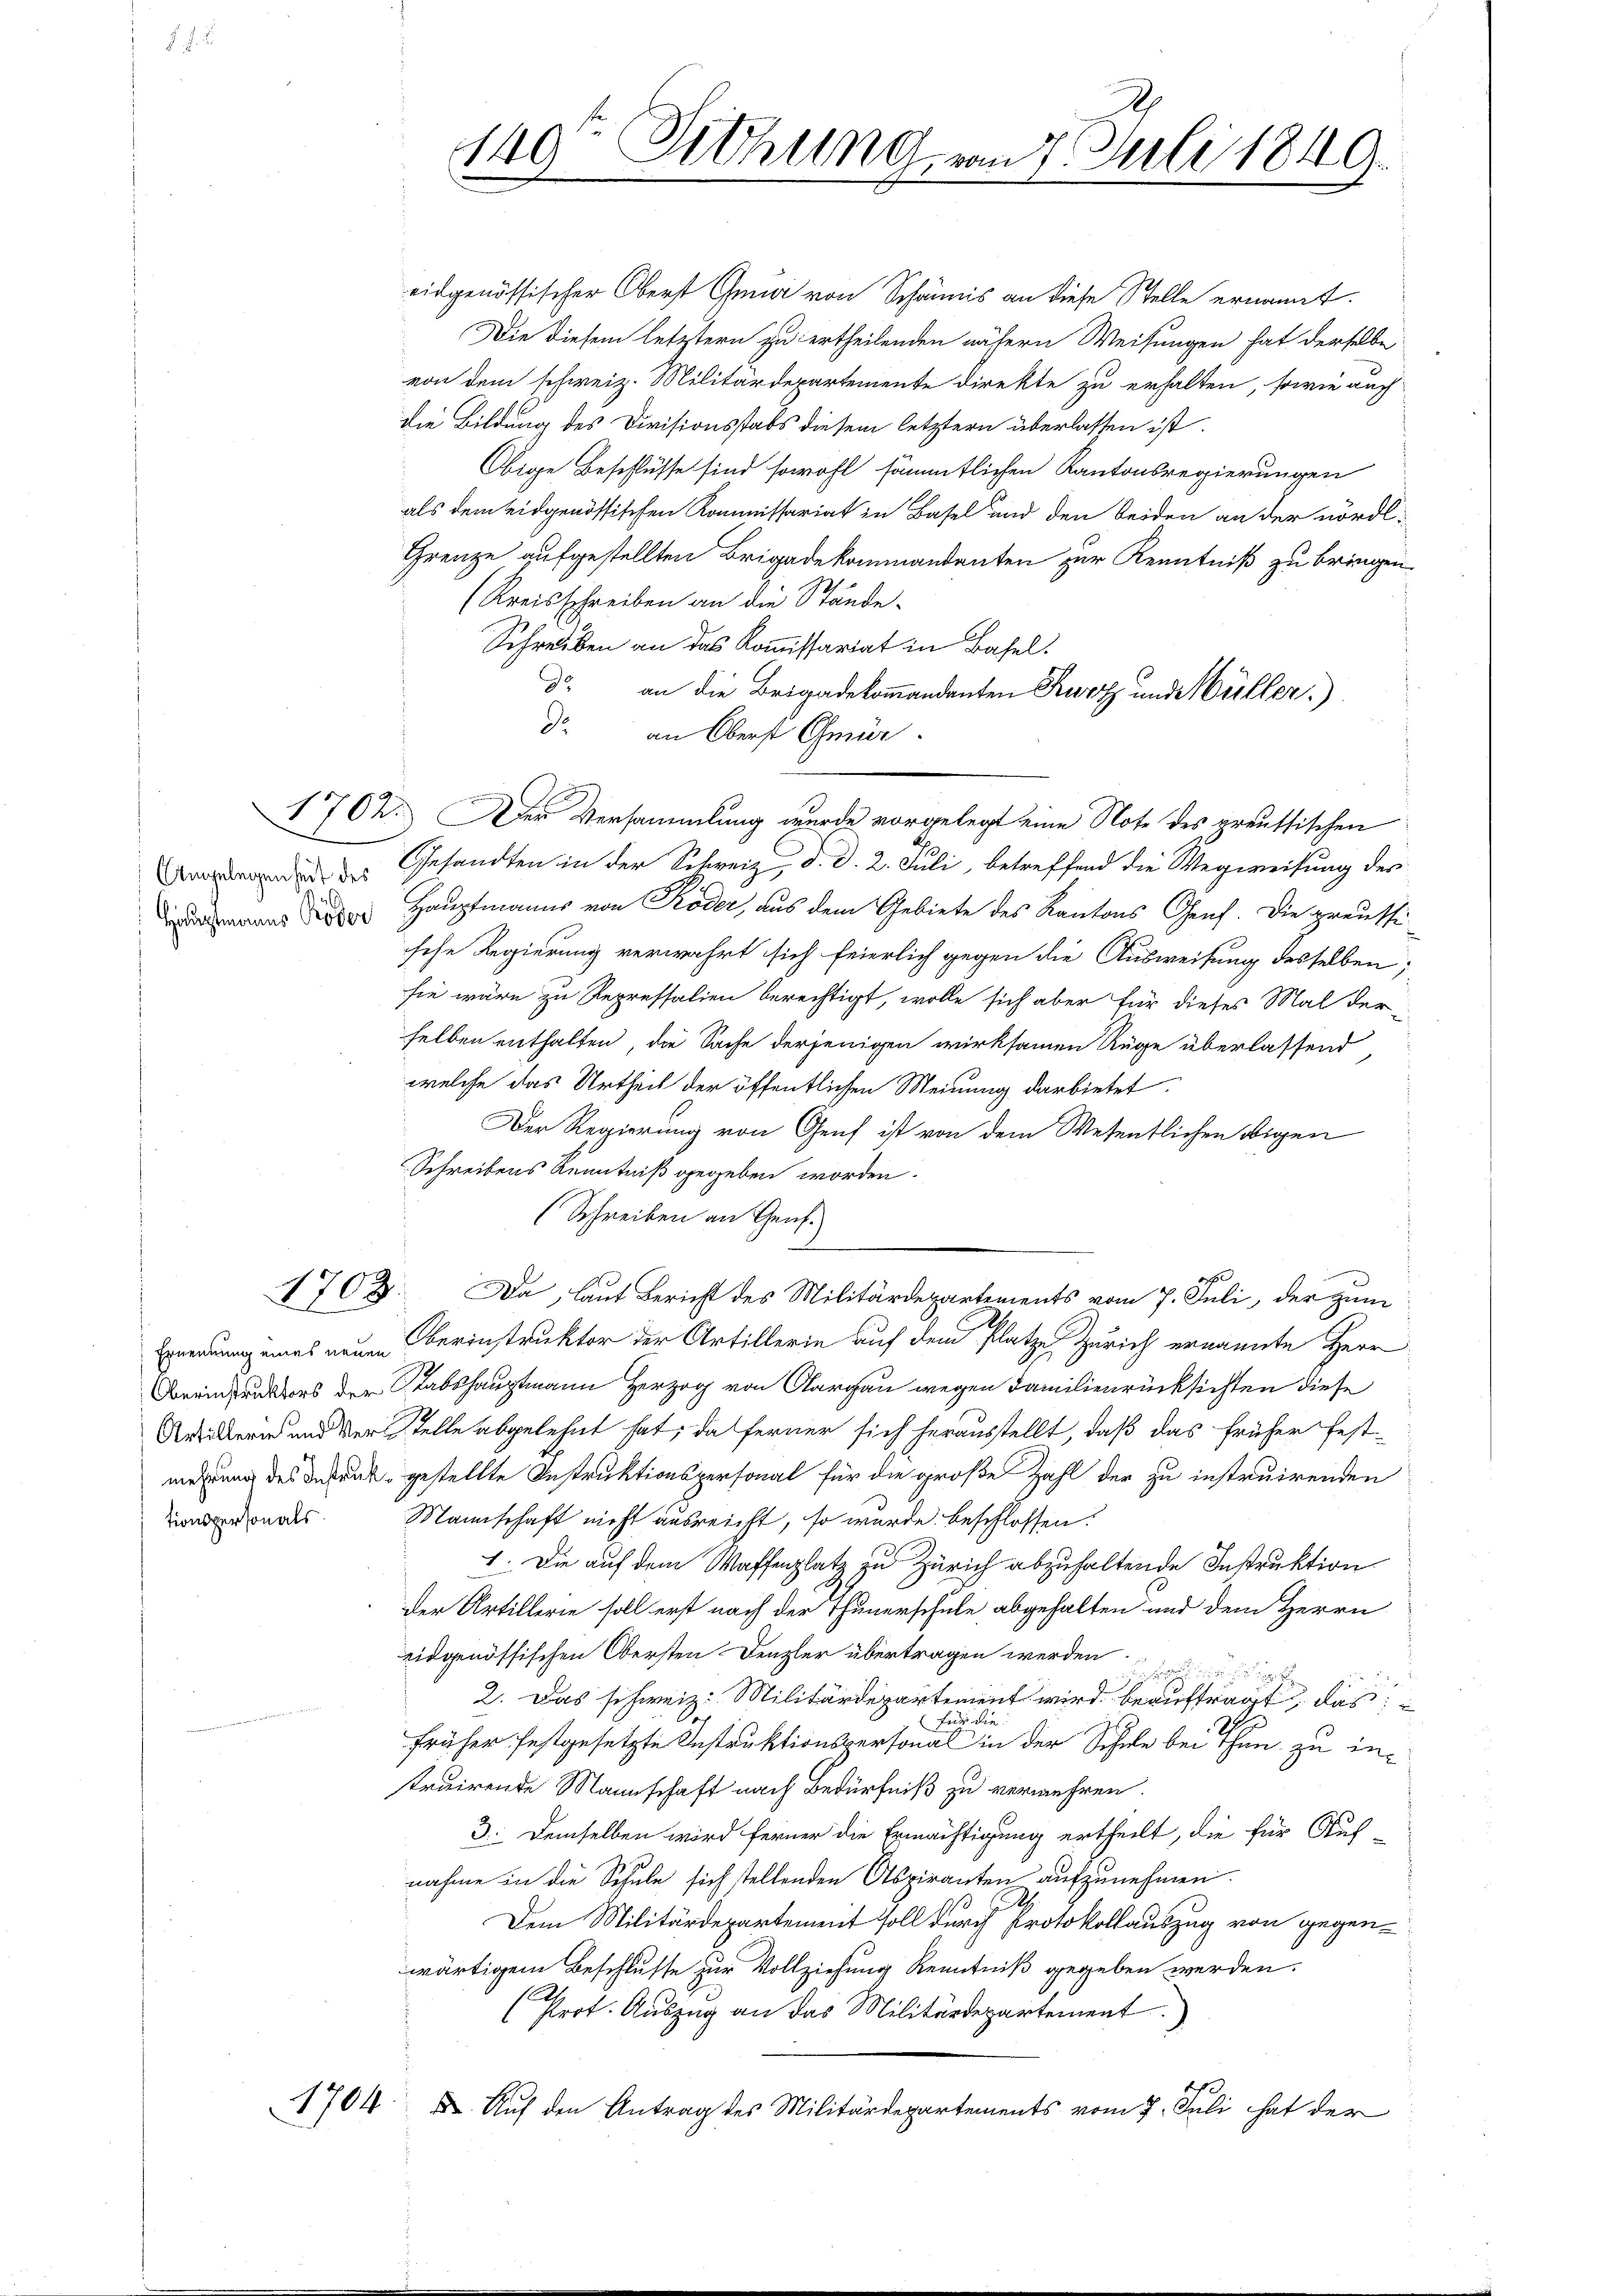
tionspersonals.

eidgenössischer Oberst Gena von Schännis an diese Stelle ernannt.
Die diesem letztern zu ertheilenden nähern Weisungen hat derselbe
von dem schweiz. Militärdepartemente direkte zu erhalten, sowie auch
die Bildung des Divisionsstabs diesem letztern überlassen ist.
Obige Beschlüsse sind sowohl sämmtlichen Kantonsregierungen
als dem eidgenössischen Kommissariat in Basel und den beiden an der nördl¬
Grenze aufgestellten Brigadekommandanten zur Kenntniß zu bringen
(Kreisschreiben an die Stände¬
Schreiben an das Kommissariat in Basel.
d. an die Brigadekommandanten Kurz und Müller.)
d. an Oberst Gmür
1702. Der Versammlung wurde vorgelegt eine Note des preussischen
de Gesandten in der Schweiz, d. d. 2. Juli, betreffend die Wegweisung des
nan ein Hauptmanns von Röder, aus dem Gebiete des Kantons Genf. Die preussihohe Regierung verwahrt sich feierlich gegen die Ausweisung desselben;
sie wäre zu Repressalien berechtigt, wolle sich aber für dieses Mal der
selben enthalten, die Sache derjenigen wirksamen Rüge überlassend,
welche das Urtheil der öffentlichen Meinung darbietet
Der Regierung von Genf ist von dem Wesentlichen obigen
Schreibens Kenntniß gegeben worden.
(Schreiben an Genf.
1703. Da, laut Bericht des Militärdepartements vom 7. Juli, der zum
Ernennung eines neuen Oberinstruktor der Artillerin auf dem Platze Zürich ernannte Herr
Breinpundtors der Stabshauptmann Herzog von Aargau wegen Familienrücksichten diese
Artikerin und der Stelle abgelehnt hat, da ferner sich herausstellt, daß das früher festmehrung des Bedruck gestellte Instruktionspersonal für die große Zahl der zu instruirenden
Mannschaft nicht ausreicht, so wurde beschlossen:
1. Die auf dem Waffenplatz zu Zürich abzuhaltende Instruktion
der Artillerie soll erst nach der Thunerschule abgehalten und dem Herrn
ridgenössischen Obersten Denzler übertragen werden.

2. Das schweiz. Militärdepartement wird beauftragt, das
Fr
früher festgesetzte Instruktionspersonal in der Schule bei ihn zu instruirende Mannschaft nach Bedürfniß zu vermehren.
3. Demselben wird ferner die Ermächtigung ertheilt, die für Auf-
nahme in die Schule sich stellenden Otspiranten aufzunehmen.
Dem Militärdepartement soll durch Protokollauszug von gegenwärtigem Beschlusse zur Vollziehung Kenntniß gegeben werden.
1.
Prot. Auszug an das Militärdepartement
1704 u. Auf den Antrag des Militärdepartements vom 7. Juli hat der

140. Diehung vom 7. Juli 1849.
J.